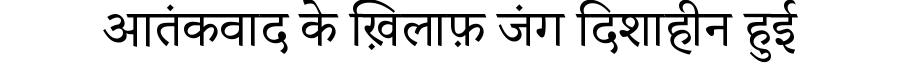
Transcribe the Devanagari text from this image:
आतंकवाद के ख़िलाफ़ जंग दिशाहीन हुई